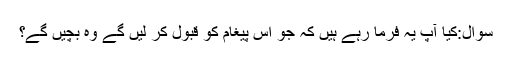
سوال:کیا آپ یہ فرما رہے ہیں کہ جو اس پیغام کو قبول کر لیں گے وہ بچیں گے؟